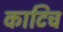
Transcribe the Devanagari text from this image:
काटिच